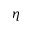
\eta